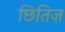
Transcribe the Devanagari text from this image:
छितिज़